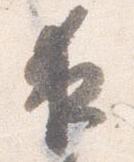
夜